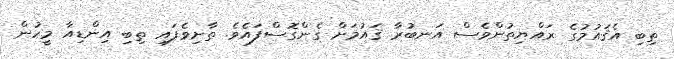
ތިބި އެޤައުމުގެ ރައްޔިތުންވެސް އަނބުރާ ޤައުމަށް ގެންގޮސްފައެވެ. ތާށިވެފައި ތިބި އިންޑިއާ މީހުން